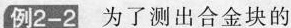
例2-2为了测出合金块的